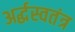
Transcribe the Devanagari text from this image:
अर्द्धस्वतंत्र